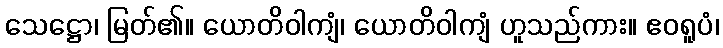
သေဋ္ဌော၊ မြတ်၏။ ယောတိဝါကျံ၊ ယောတိဝါကျံ ဟူသည်ကား။ ဧဝရူပံ၊